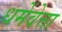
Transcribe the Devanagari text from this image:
धर्मेवेत्ता